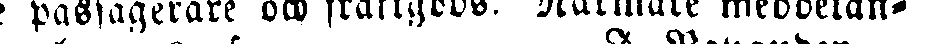
de passagerare och fraktgods. Närmare meddelan-